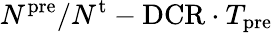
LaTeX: N^{\mathrm{pre}}/N^{\mathrm{t}}-\mathrm{DCR}\cdot T_{\mathrm{pre}}